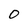
Character: 0